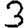
Digit: 3